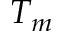
T _ { m }